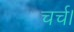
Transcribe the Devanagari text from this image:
चर्च।